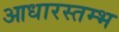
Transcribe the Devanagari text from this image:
आधारस्तम्भ